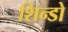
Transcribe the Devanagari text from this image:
शिन्डो